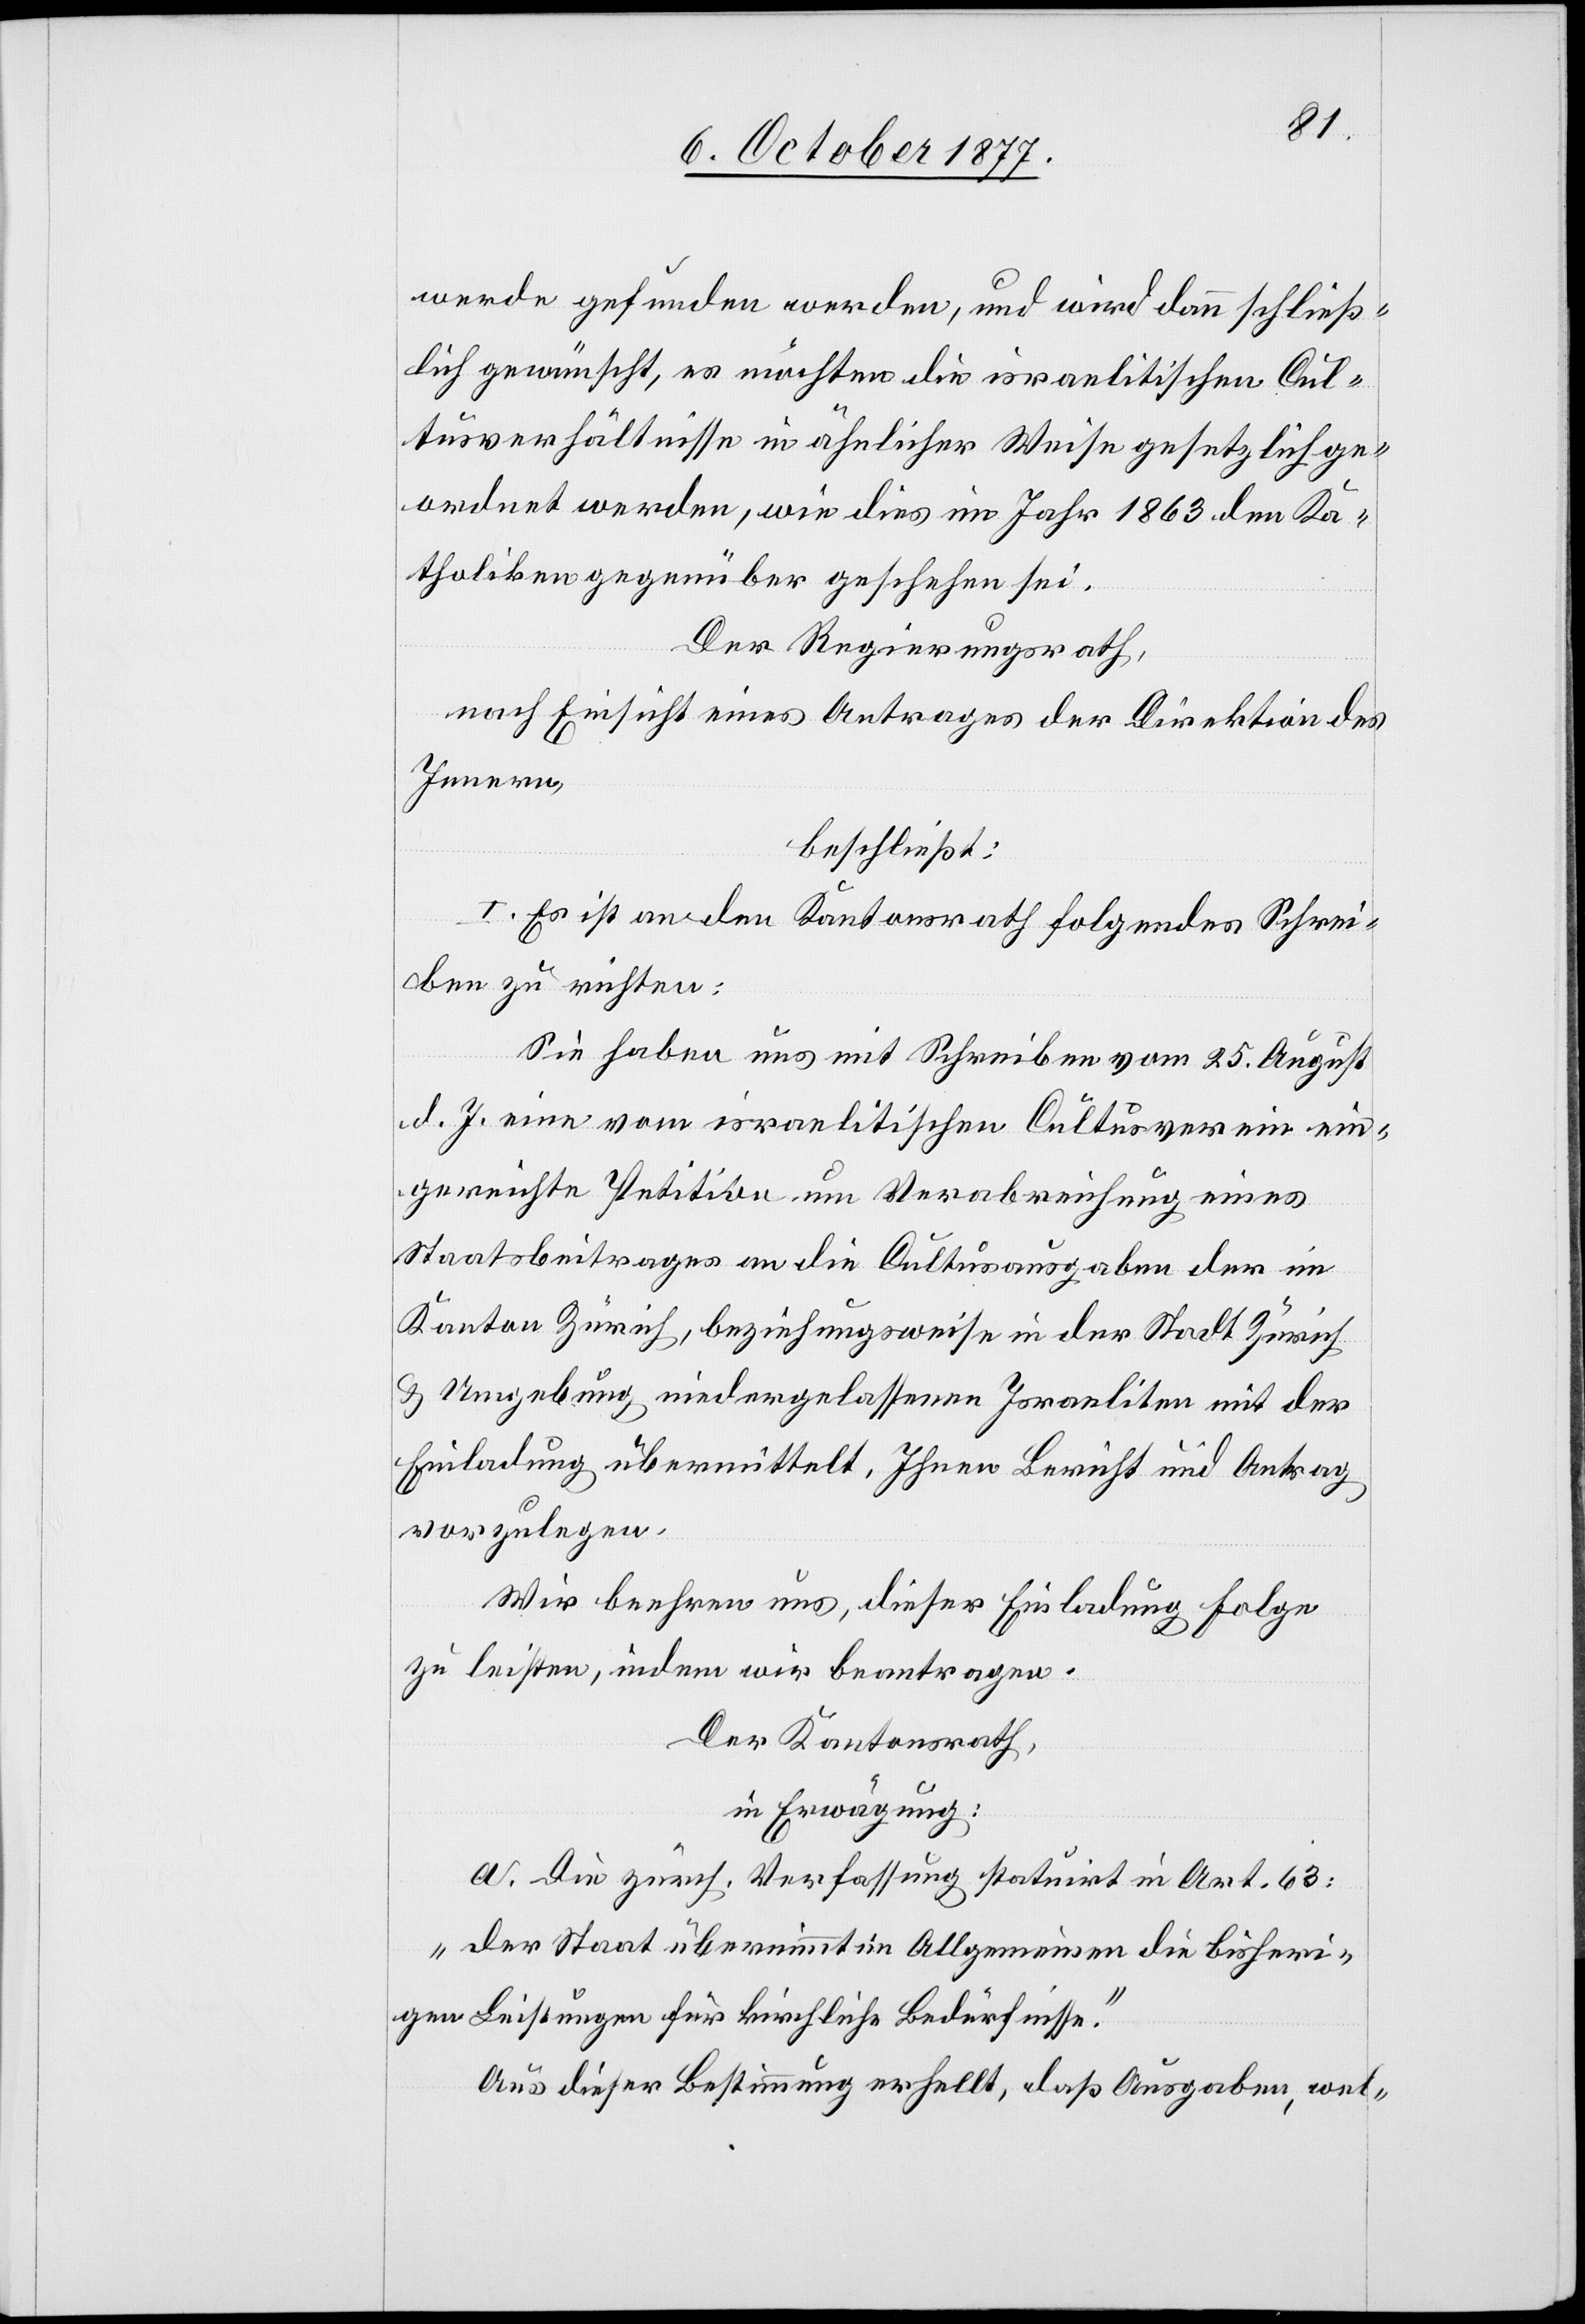
werde gefunden werden, und wird dann schließ¬
lich gewünscht, es möchten die israelitischen Cul¬
tusverhältnisse in ähnlicher Weise gesetzlich ge¬
ordnet werden, wie dies im Jahr 1863 den Ka¬
tholiken gegenüber geschehen sei.
Der Regierungsrath,
nach Einsicht eines Antrages der Direktion des
Innern,
beschließt:
I. Es ist an den Kantonsrath folgendes Schrei¬
ben zu richten:
Sie haben uns mit Schreiben vom 25. August
d. J. eine vom israelitischen Cultusverein ein¬
gereichte Petition um Verabreichung eines
Staatsbeitrages an die Cultusausgaben der im
Kanton Zürich, beziehungsweise in der Stadt Zürich
& Umgebung niedergelassenen Israeliten mit der
Einladung übermittelt, Ihnen Bericht und Antrag
vorzulegen.
Wir beehren uns, dieser Einladung Folge
zu leisten, indem wir beantragen.
Der Kantonsrath,
in Erwägung:
a. Die zürch. Verfassung statuirt in Art. 63:
„der Staat übernimmt im Allgemeinen die bisheri¬
gen Leistungen für kirchliche Bedürfnisse.“
Aus dieser Bestimmung erhellt, daß Ausgaben, wel-